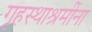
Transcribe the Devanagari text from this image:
गृहस्थाश्रमींना